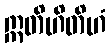
ဣတိဟိတိဟံ